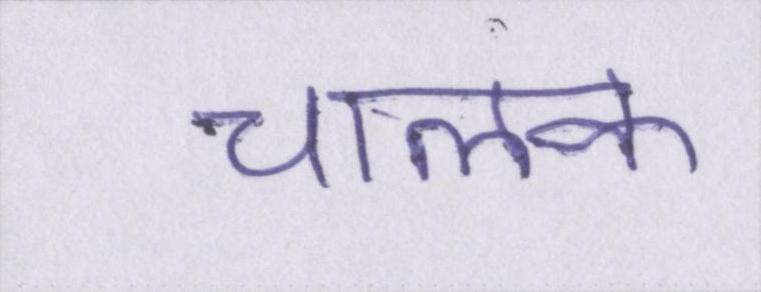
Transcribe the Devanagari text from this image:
चालक